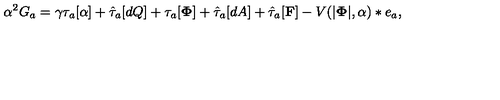
\alpha ^ { 2 } G _ { a } = \gamma \tau _ { a } [ \alpha ] + \hat { \tau } _ { a } [ d Q ] + \tau _ { a } [ { \bf \Phi } ] + \hat { \tau } _ { a } [ d A ] + \hat { \tau } _ { a } [ { \bf F } ] - V ( | { \bf \Phi } | , \alpha ) * e _ { a } ,